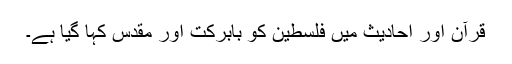
قرآن اور احادیث میں فلسطین کو بابرکت اور مقدس کہا گیا ہے۔